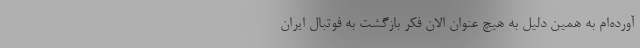
آورده‌ام به همین دلیل به هیچ عنوان الان فکر بازگشت به فوتبال ایران